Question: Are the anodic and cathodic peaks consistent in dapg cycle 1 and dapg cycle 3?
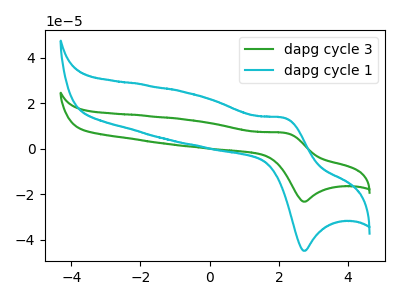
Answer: <think>The green curve "dapg cycle 3" has an anodic peak at (2.15V, 7.00uA) and a cathodic peak at (2.75V, -23.25uA). The cyan curve "dapg cycle 1" has an anodic peak at (2.15V, 13.50uA) and a cathodic peak at (2.75V, -44.90uA).</think>
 <answer>Yes, "dapg cycle 1" have a peak in "dapg cycle 3" at the same potential.</answer>
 <eval>match</eval>